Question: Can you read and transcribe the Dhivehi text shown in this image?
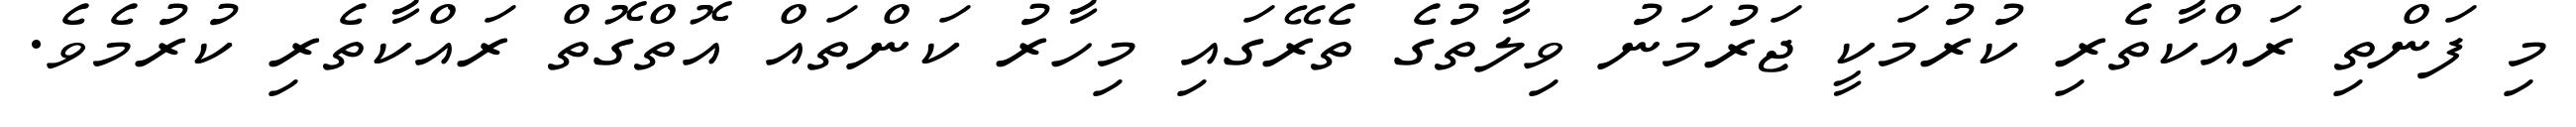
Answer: މި ފަންތި ރައްކާތެރި ކުރުމަކީ ޖަރުމަނު ވިލާތުގެ ތެރޭގައި މިހާރު ކަންތައް އޮތްގޮތް ރައްކާތެރި ކުރުމެވެ.